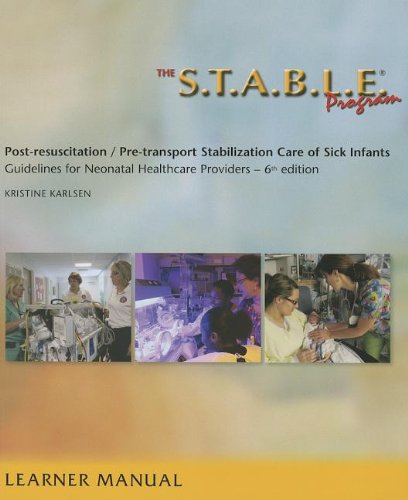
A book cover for The S.T.A.B.L.E. Program, Learner/ Provider Manual: Post-Resuscitation/ Pre-Transport Stabilization Care of Sick Infants- Guidelines for Neonatal Heal ... / Post-Resuscition Stabilization); Kristine Karlsen; Medical Books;